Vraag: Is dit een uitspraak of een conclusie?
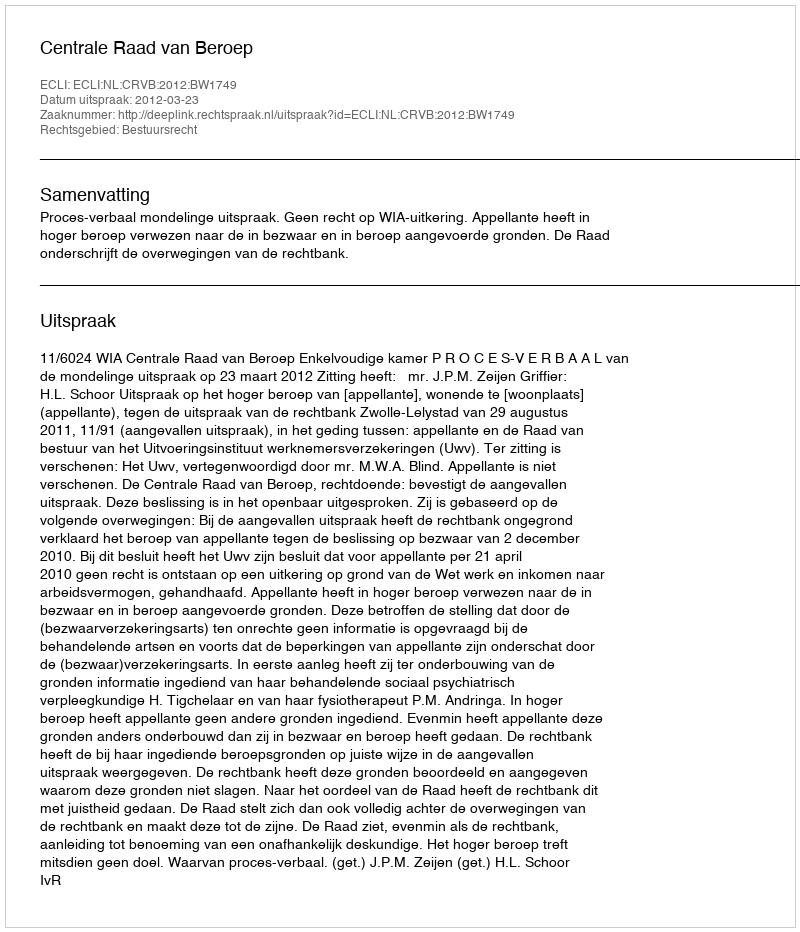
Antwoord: Uitspraak